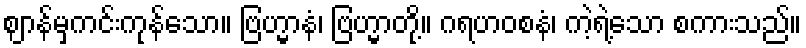
ဈာန်မှကင်းကုန်သော။ ဗြဟ္မာနံ၊ ဗြဟ္မာတို့။ ဂရဟဝစနံ၊ ကဲ့ရဲ့သော စကားသည်။